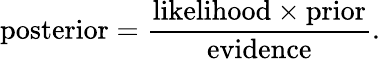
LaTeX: \mathrm{posterior}=\frac{\mathrm{likelihood}\times\mathrm{prior}}{\mathrm{evidence}}.